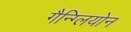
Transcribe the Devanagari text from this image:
गैन्ग्लियोन